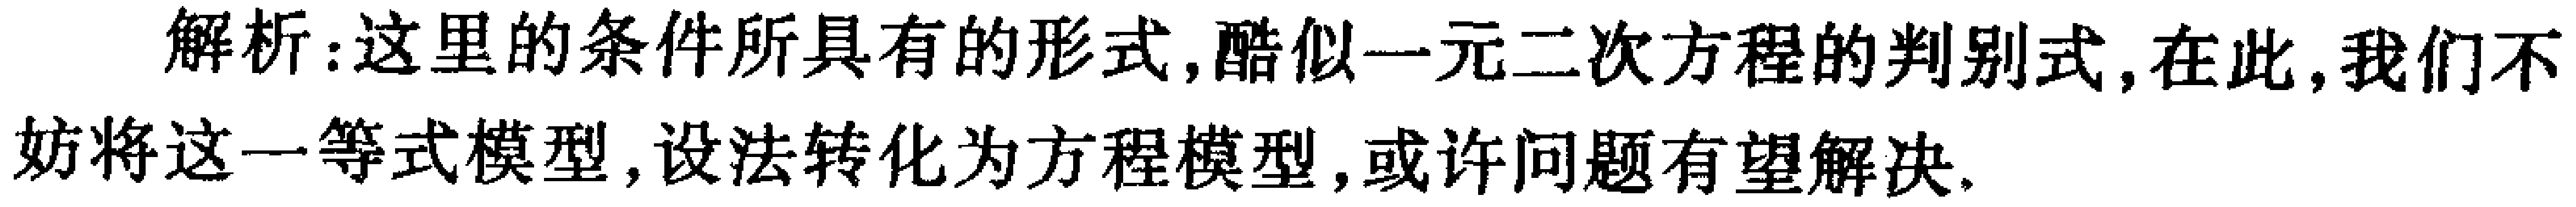
解析:这里的条件所具有的形式,酷似一元二次方程的判别式,在此,我们不妨将这一等式模型,设法转化为方程模型,或许问题有望解决.